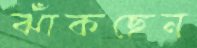
ঝাঁকছেন